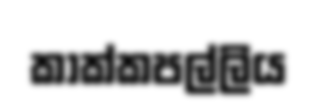
කාක්කපල්ලිය